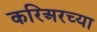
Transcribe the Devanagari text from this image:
करिअरच्या